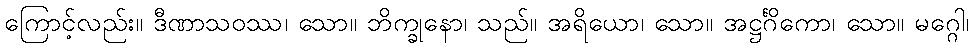
ကြောင့်လည်း။ ဒီဏာသဝဿ၊ သော။ ဘိက္ခုနော၊ သည်။ အရိယော၊ သော။ အဋ္ဌင်္ဂိကော၊ သော။ မဂ္ဂေါ၊